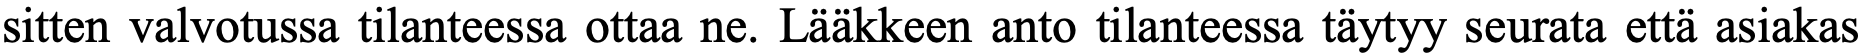
sitten valvotussa tilanteessa ottaa ne. Lääkkeen anto tilanteessa täytyy seurata että asiakas